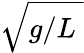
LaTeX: \sqrt{g/L\; }